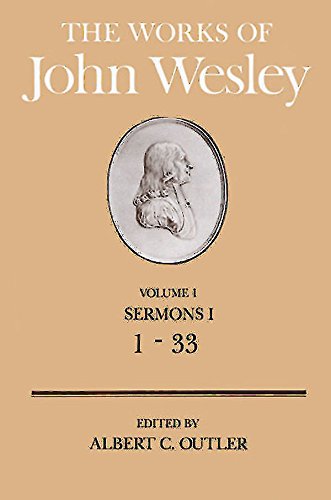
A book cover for The Works of John Wesley Volume 1: Sermons I (1-33) (Sermons a); Albert C. Outler; Christian Books & Bibles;